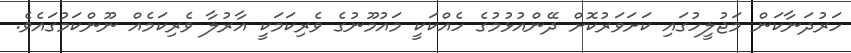
ހަރުދަނާކަން މަޖުލީހުގައި ކަށަވަރުކޮށް ދޭންއުޅުމުގެ ހެއްކަކީ މައުމޫނުގެ ވެރިކަމަކީ އާރުލާ ވެރިކަމެއް ނޫންކަމުގައެވެ.